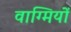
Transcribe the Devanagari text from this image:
वाग्मियों